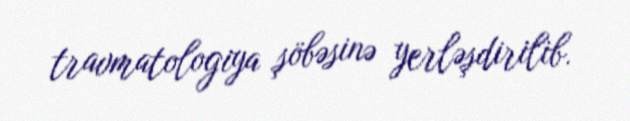
travmatologiya şöbəsinə yerləşdirilib.